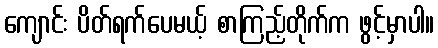
ကျောင်း ပိတ်ရက်ပေမယ့် စာကြည့်တိုက်က ဖွင့်မှာပါ။